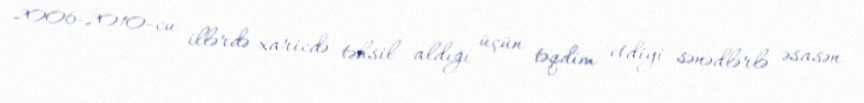
2006-2010-cu illərdə xaricdə təhsil aldığı üçün təqdim etdiyi sənədlərlə əsasən